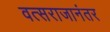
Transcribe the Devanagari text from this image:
वत्सराजानंतर